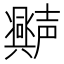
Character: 𫯆